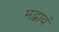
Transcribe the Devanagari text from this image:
मद्भावं